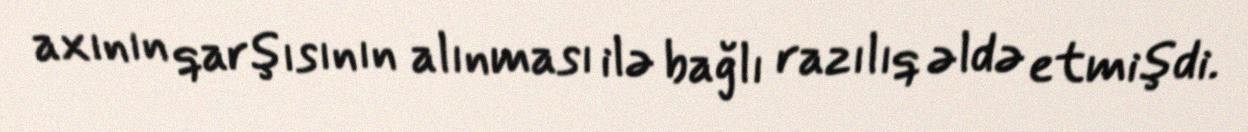
axının qarşısının alınması ilə bağlı razılıq əldə etmişdi.